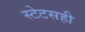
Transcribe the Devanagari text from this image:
स्टेटसही